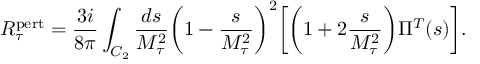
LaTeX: R _ { \tau } ^ { \mathrm { \scriptsize { p e r t } } } = \frac { 3 i } { 8 \pi } \int _ { C _ { 2 } } \frac { d s } { M _ { \tau } ^ { 2 } } \biggl ( 1 - \frac { s } { M _ { \tau } ^ { 2 } } \biggr ) ^ { 2 } \biggl [ \biggl ( 1 + 2 \frac { s } { M _ { \tau } ^ { 2 } } \biggr ) \Pi ^ { T } ( s ) \biggr ] .